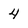
Character: 4